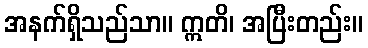
အနက်ရှိသည်သာ။ ဣတိ၊ အပြီးတည်း။